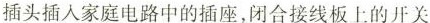
插头插人家庭电路中的插座，闭合接线板上的开关